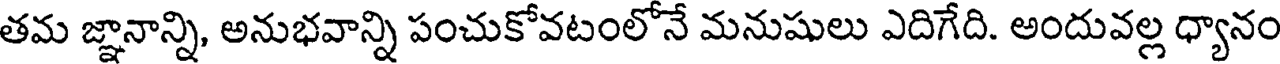
తమ జ్ఞానాన్ని, అనుభవాన్ని పంచుకోవటంలోనే మనుషులు ఎదిగేది. అందువల్ల ధ్యానం